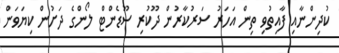
ކުދިންނާއި ފާއިތުވި ތިން އަހަރު ސަރުކާރުން ދޫކުރި ސޫޑެންޓް ލޯންގެ ދަށުން ކިޔަވަން